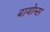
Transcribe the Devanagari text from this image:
बायोम्स